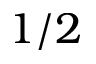
1 / 2